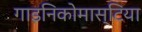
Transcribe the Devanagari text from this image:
गाइनिकोमास्टिया